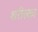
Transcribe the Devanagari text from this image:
शरीरका